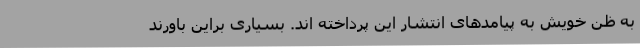
به ظن خویش به پیامدهای انتشار این پرداخته اند. بسیاری براین باورند